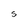
Character: S